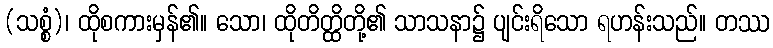
(သစ္စံ)၊ ထိုစကားမှန်၏။ သော၊ ထိုတိတ္ထိတို့၏ သာသနာ၌ ပျင်းရိသော ရဟန်းသည်။ တဿ